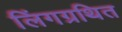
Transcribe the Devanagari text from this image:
लिंगग्रथित